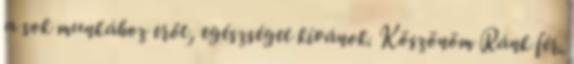
a sok munkához erőt, egészséget kívánok. Köszönöm Ránk fér.